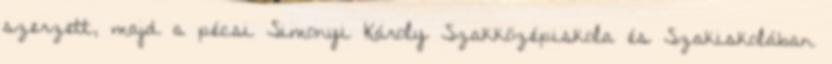
szerzett, majd a pécsi Simonyi Károly Szakközépiskola és Szakiskolában